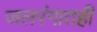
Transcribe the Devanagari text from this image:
जलरंगातही